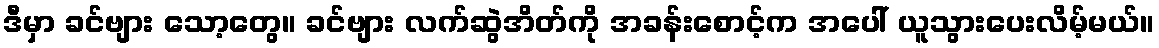
ဒီမှာ ခင်ဗျား သော့တွေ။ ခင်ဗျား လက်ဆွဲအိတ်ကို အခန်းစောင့်က အပေါ် ယူသွားပေးလိမ့်မယ်။